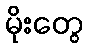
မိုးတွေ